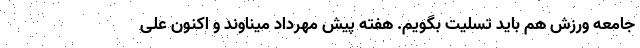
جامعه ورزش هم باید تسلیت بگویم. هفته پیش مهرداد میناوند و اکنون علی